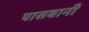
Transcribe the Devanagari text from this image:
पासबानी